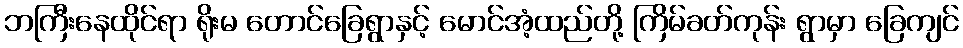
ဘကြီးနေထိုင်ရာ ရိုးမ တောင်ခြေရွာနှင့် မောင်အံ့ထည်တို့ ကြိမ်ခတ်ကုန်း ရွာမှာ ခြေကျင်